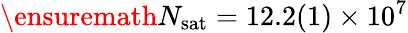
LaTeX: \ensuremath{N_{\mathrm{sat}}}=12.2(1)\times 10^{7}